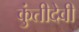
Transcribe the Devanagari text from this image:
कुंतीदेवी